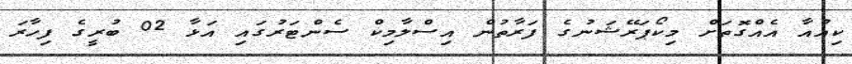
ކިއުއާ އެއްގޮތަށް މިކޯޕަރޭޝަނުގެ ފަރާތުން އިސްލާމިކް ސެންޓަރުގައި އަޅާ 02 ބުރީގެ ފިހާރަ